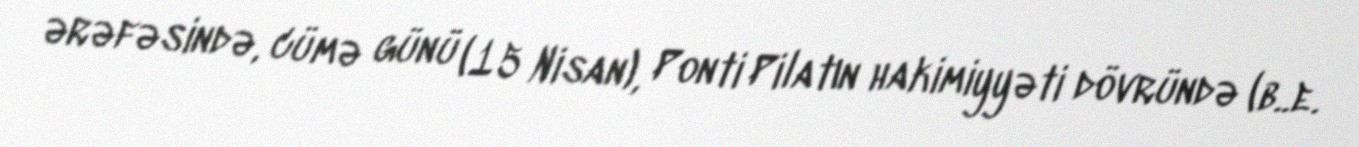
ərəfəsində, cümə günü (15 Nisan), Ponti Pilatın hakimiyyəti dövründə (b..e.